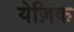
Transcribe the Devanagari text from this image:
येज़िक